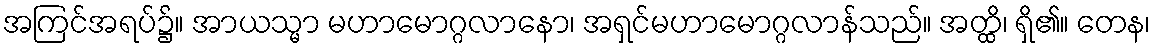
အကြင်အရပ်၌။ အာယသ္မာ မဟာမောဂ္ဂလာနော၊ အရှင်မဟာမောဂ္ဂလာန်သည်။ အတ္ထိ၊ ရှိ၏။ တေန၊